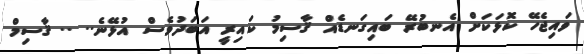
ވައިޖެހޭ ކޮޅަކަށް އެނބުރޭ ބައިގަނޑެއް ޤާސިމު ކައިރީ އަބަދުވެސް އުޅޭނެ.. .. ޤާސިމް